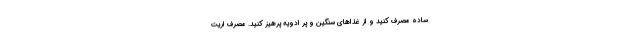
ساده مصرف کنید و از غذاهای سنگین و پر ادویه پرهیز کنید. مصرف اریت